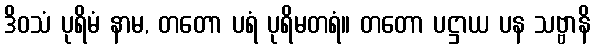
ဒိဝသံ ပုရိမံ နာမ, တတော ပရံ ပုရိမတရံ။ တတော ပဋ္ဌာယ ပန သဗ္ဗာနိ